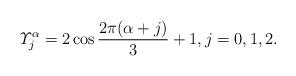
LaTeX: \begin{align*}\varUpsilon_j^\alpha=2\cos\dfrac{2\pi(\alpha +j)}{3} +1, j=0,1,2.\end{align*}